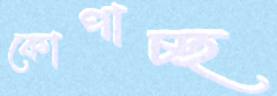
কোপাচ্ছ